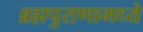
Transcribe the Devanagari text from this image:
ब्रह्मपुराणामध्ये